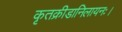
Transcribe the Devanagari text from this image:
कृतक्रीडानिलायनः।